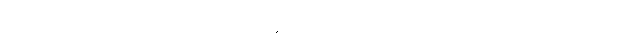
တိတ္ထိတို့ထံ ပညာသင်လျှင် အနည်းဆုံး ထမင်းရှာပေးရသေးကြောင်း